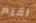
اقيم